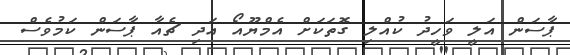
ޕާސަން އަލީ ވަހީދު ކުއްލި ގޮތަކަށް އެމްޔޫއޯ އަދި ޗެއާ ޕާސަން ކަމުވެސް